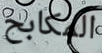
المكابح